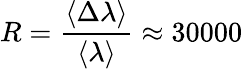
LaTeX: R=\frac{\langle\Delta\lambda\rangle}{\langle\lambda\rangle}\approx 30000